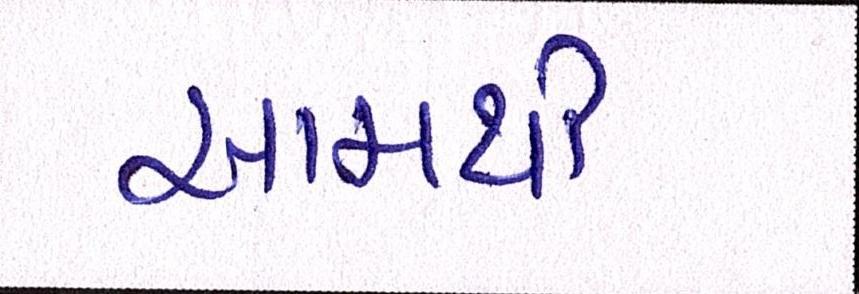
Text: આમથી